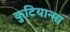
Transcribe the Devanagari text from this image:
कुटियान्मा